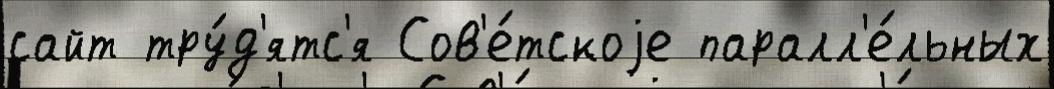
сайт тру́д'ятс'я Сов'е́тскоjе паралл'е́льных